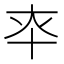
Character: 𰅳